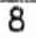
8